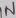
Text: IN